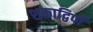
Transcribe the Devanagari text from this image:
शकाद्विपी